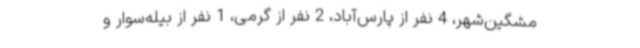
مشگین‌شهر، 4 نفر از پارس‌آباد، 2 نفر از گرمی، 1 نفر از بیله‌سوار و